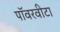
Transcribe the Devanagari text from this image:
पॉवरवीटा